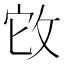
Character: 𢼊